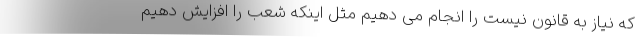
که نیاز به قانون نیست را انجام می دهیم مثل اینکه شعب را افزایش دهیم